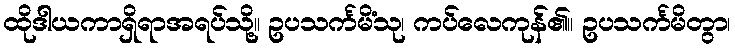
ထိုဒါယကာရှိရာအရပ်သို့။ ဥပသင်္ကမိံသု၊ ကပ်လေကုန်၏။ ဥပသင်္ကမိတွာ၊